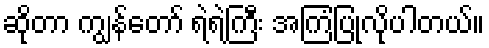
ဆိုတာ ကျွန်တော် ရဲရဲကြီး အကြံပြုလိုပါတယ်။